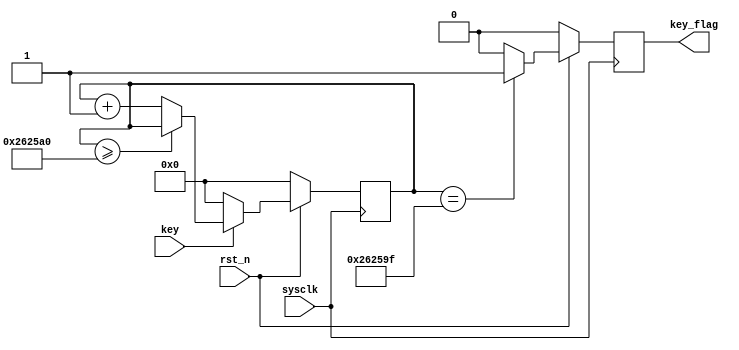
`timescale 1ns/1ps
module key(
    input           sysclk,
    input           rst_n,
    input           key,
    output          reg key_flag
    );
    parameter DELAY = 250_000_0;//20ms
    reg[31:0] cnt;
    
    //-----------------------------------
    always@(posedge sysclk)
        if(!rst_n)
            cnt <= 32'd0;
        else if(key)begin
            if(cnt >= DELAY)
                cnt <= cnt;
            else
                cnt <= cnt +32'd1;
        end
        else
            cnt = 32'd0;
     //------------------key_falg------------------------
     always@(posedge sysclk)
        if(!rst_n)
            key_flag <= 0;
        else if(cnt == DELAY-1)
            key_flag <= 1;
        else
            key_flag <= 0;      
            
endmodule